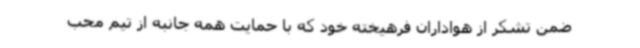
ضمن تشکر از هواداران فرهیخته خود که با حمایت همه جانبه از تیم محب